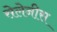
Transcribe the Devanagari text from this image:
सेलेनीस